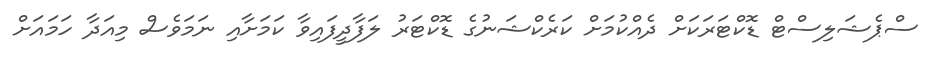
ސްޕެޝަލިސްޓް ޑޮކްޓަރަކަށް ދެއްކުމަށް ކަރެކްޝަނުގެ ޑޮކްޓަރު ލަފާދީފައިވާ ކަމަށާއި ނަމަވެސް މިއަދާ ހަމައަށް